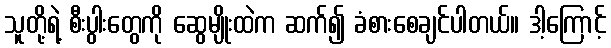
သူတို့ရဲ့ စီးပွါးတွေကို ဆွေမျိုးထဲက ဆက်၍ ခံစားစေချင်ပါတယ်။ ဒါ့ကြောင့်